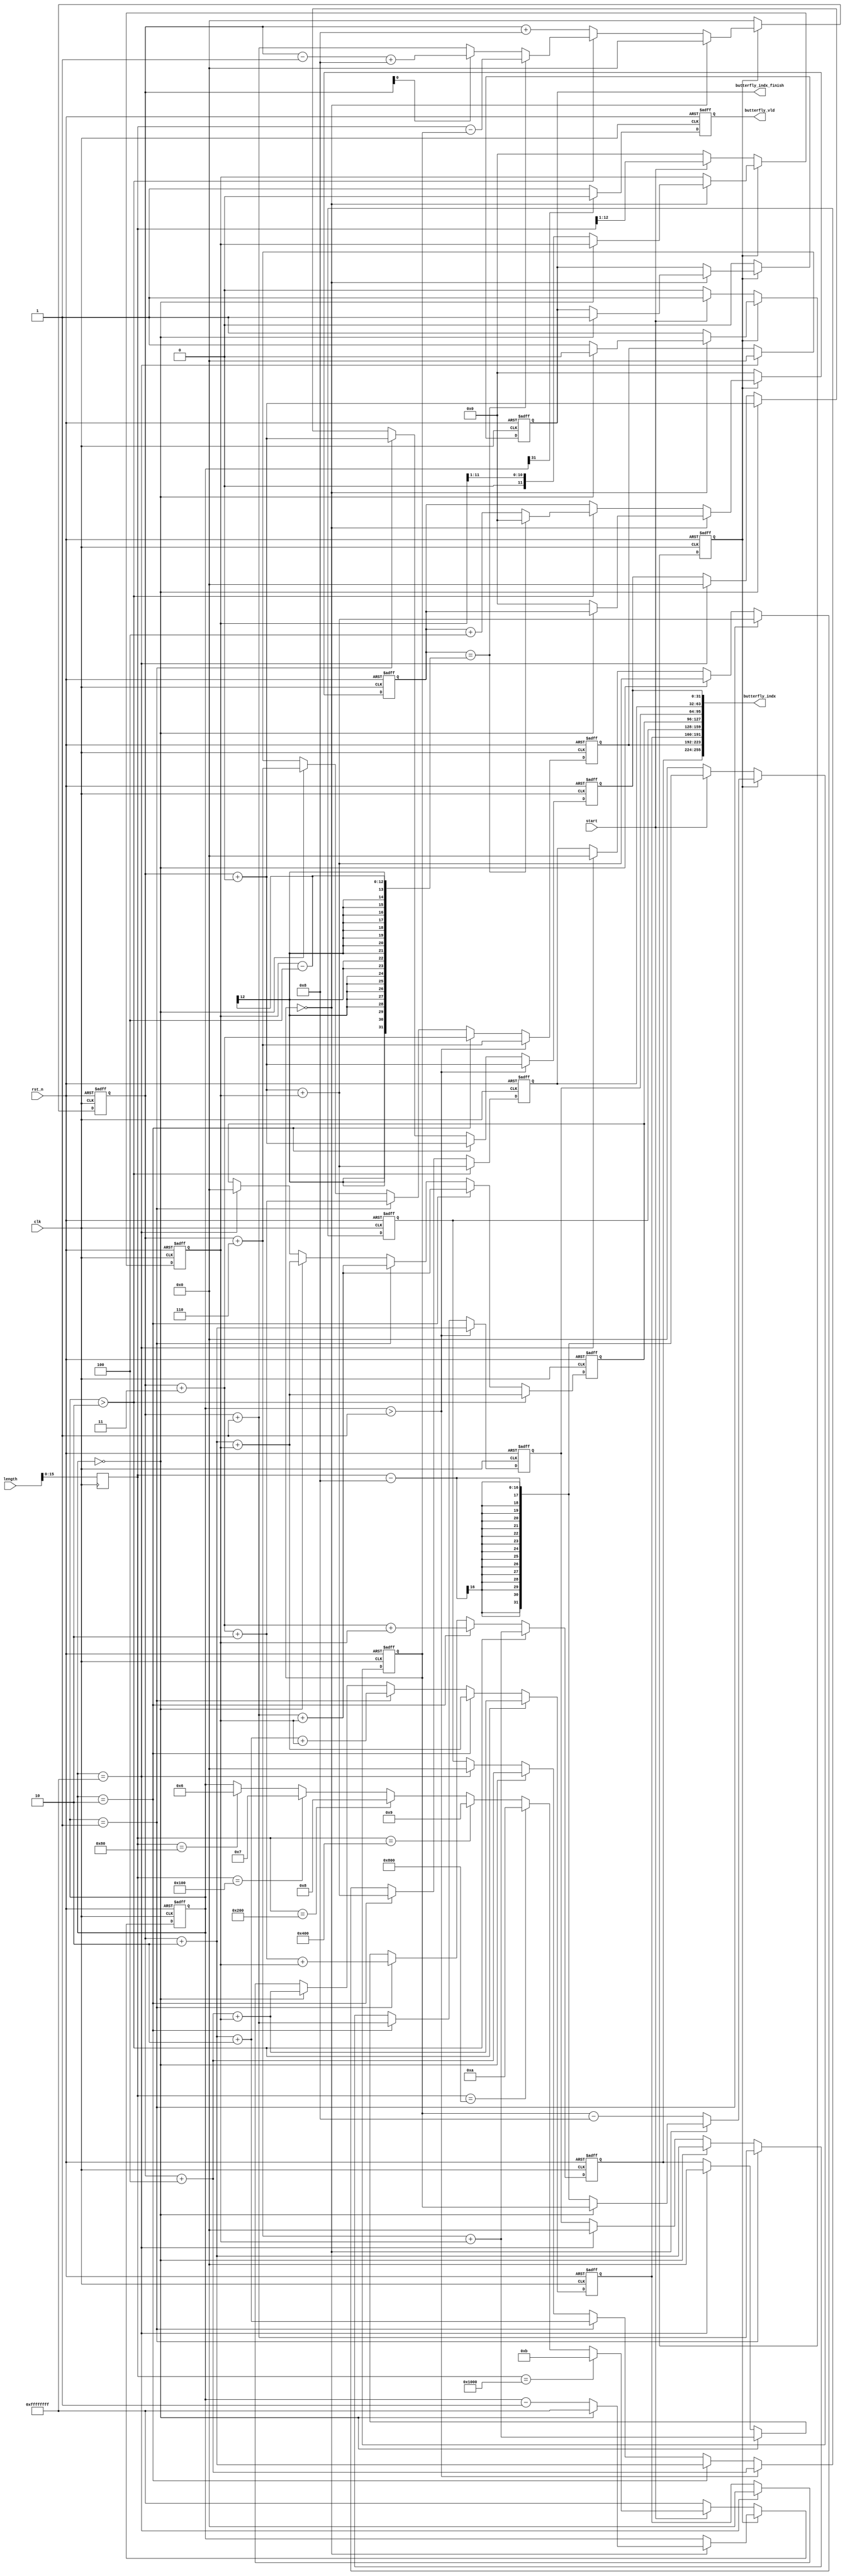
`timescale 1ns / 1ps
//////////////////////////////////////////////////////////////////////////////////
// Company: 
// Engineer: 
// 
// Design Name: 
// Module Name: butterfly_indx_generator
// Project Name: 
// Target Devices: 
// Tool Versions: 
// Description: 
// 
// Dependencies: 
// 
// Revision:
// Revision 0.01 - File Created
// Additional Comments:
// 
//////////////////////////////////////////////////////////////////////////////////


module butterfly_indx_generator
# (
  // The data width of input data
  parameter data_width = 16,
  // The data width utilized for accumulated results
  parameter bu_parallelism = 8
)
(
  input  wire                        clk,
  input  wire                        rst_n,
  input  wire                        start,
  input  wire  [32-1:0]              length,
  output wire                        butterfly_indx_finish,
  output wire                        butterfly_vld,
  output wire  [32*bu_parallelism-1:0]      butterfly_indx
);

localparam generating = 1'b1;
localparam idle = 1'b0;
localparam max_length = 4096;

/////////////////////Timing//////////////////////////
reg  [16-1:0]                          length_r;
always @(posedge clk)
begin
    length_r <= length;
end

/////////////////////Timing//////////////////////////

genvar i;

reg                       state;
reg  [32-1:0]             cycle_counter;
reg  [$clog2(max_length)-1:0]             jump_counter;
reg  [32-1:0]             stage;
reg  [$clog2(max_length)-1:0]             stride;
reg  [32-1:0]             base_indx;
reg  [32-1:0]      butterfly_indxs_r[bu_parallelism-1:0];
reg                       butterfly_vld_r;
reg                       butterfly_indx_finish_r;

assign butterfly_vld = butterfly_vld_r;
assign butterfly_indx_finish = butterfly_indx_finish_r;

generate
for(i=0 ; i<bu_parallelism/2 ; i=i+1)
begin : GENERATE_BUTTERFLY_DAT
    assign butterfly_indx[( 2*32*i + 2*32-1) : (2*32*i)] = {butterfly_indxs_r[i+4], butterfly_indxs_r[i]};
end
endgenerate

// =========================================================================== //
// Generate indx when stage > 1
// =========================================================================== //

always @(posedge clk or negedge rst_n)
if(!rst_n) begin
    state <= idle;
    stage <= -1;
    cycle_counter <= 0;
    stride <= 0;
    base_indx <= 0;
    butterfly_indx_finish_r <= 1'b0;
    jump_counter <= 0;
end
else if (state == generating) begin
    if (cycle_counter == 0) begin
        base_indx <= 0;
        if (stage == 0) begin
            state <= idle;
            butterfly_indx_finish_r <= 1'b1;
            stage <= -1;
        end
        else begin
            stage <= stage - 1;
            cycle_counter <= length_r - bu_parallelism;
            jump_counter <= 0; 
            stride <= stride >> 1;
        end
    end
    else begin
        cycle_counter <= cycle_counter - bu_parallelism; 
        if (stage > 2) begin // control the base indx.  In stage 2, 1 and 0, the address is continous, so we don't need indx controller
            jump_counter <= jump_counter + bu_parallelism/2;
            // if (((cycle_counter >> 1) % stride) == 0) begin // Jump
            if (jump_counter == stride - bu_parallelism/2) begin // Jump
                jump_counter <= 0;
                base_indx <= length_r - cycle_counter;
            end
            else begin
                if (base_indx[0] == 1) base_indx <= base_indx -1 + bu_parallelism;
                else base_indx <= base_indx + 1;
            end
        end
        else begin // case of stage 2, 1 and 0
            base_indx <= base_indx + bu_parallelism;
        end
    end
end
else if (state == idle) begin
    jump_counter <= 0;
    base_indx <= 0;
    butterfly_indx_finish_r <= 1'b0;
    if (start) begin
        state <= generating;
        stride <= length_r >> 1;
        cycle_counter <= length_r- bu_parallelism;
        // Get num stage required
        if (length_r == 4096) stage <= 12-1;
        else if (length_r == 2048) stage <= 11-1;
        else if (length_r == 1024) stage <= 10-1;
        else if (length_r == 512) stage <= 9-1;
        else if (length_r == 256) stage <= 8-1;
        else if (length_r == 128) stage <= 7-1;
    end
    else begin
        state <= idle;
        stage <= -1;
        cycle_counter <= 0;
        stride <= 0;
    end
end



generate
for(i=0 ; i<bu_parallelism/2 ; i=i+1)
begin : GENERATE_BUTTERFLY_INDX_FIRST_HALF
    always @(posedge clk or negedge rst_n)
    if(!rst_n) begin
        butterfly_indxs_r[i] <= 0;
    end
    else begin
        if (stage > 1) begin
            butterfly_indxs_r[i] <= base_indx + 2*i;
        end
        else if (stage == 2) begin
            butterfly_indxs_r[i] <= base_indx + i;
        end
        else if (stage == 1) begin
            if (i<2) butterfly_indxs_r[i] <= base_indx + i;
            else butterfly_indxs_r[i] <= base_indx + i + 2;
        end
        else if (stage == 0) begin
            butterfly_indxs_r[i] <= base_indx + 2*i;
        end
        else if (stage == -1) begin
            butterfly_indxs_r[i] <= 0;
        end
    end
end
endgenerate


generate
for(i=bu_parallelism/2 ; i<bu_parallelism ; i=i+1)
begin : GENERATE_BUTTERFLY_INDX_SECOND_HALF
    always @(posedge clk or negedge rst_n)
    if(!rst_n) begin
        butterfly_indxs_r[i] <= 0;
    end
    else begin
        if (stage > 2) begin
            butterfly_indxs_r[i] <= base_indx + 2*(i-bu_parallelism/2) + stride;
        end
        else if (stage == 2) begin
            butterfly_indxs_r[i] <= base_indx + (i-bu_parallelism/2) + stride;
        end
        else if (stage == 1) begin
            if (i-bu_parallelism/2<2) butterfly_indxs_r[i] <= base_indx + (i-bu_parallelism/2)+stride;
            else butterfly_indxs_r[i] <= base_indx + (i-bu_parallelism/2) + 2 + stride;
        end
        else if (stage == 0) begin
            butterfly_indxs_r[i] <= base_indx + 2*(i-bu_parallelism/2) + stride;
        end
        else if (stage == -1) begin
            butterfly_indxs_r[i] <= 0;
        end
    end
end
endgenerate

always @(posedge clk or negedge rst_n)
if(!rst_n) begin
    butterfly_vld_r <= 1'b0;
end
else begin
    if (stage[31] == 0) begin // positive
        butterfly_vld_r <= 1'b1;
    end
    else begin
        butterfly_vld_r <= 1'b0;
    end
end

endmodule